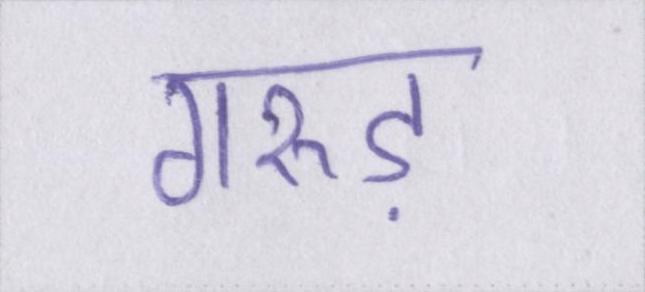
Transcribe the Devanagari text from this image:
गरुड़